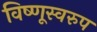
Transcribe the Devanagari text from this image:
विष्णूस्वरुप